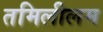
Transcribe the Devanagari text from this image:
तमिलीलम